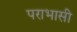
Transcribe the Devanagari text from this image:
पराभासी